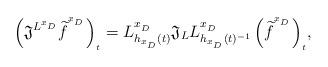
LaTeX: \begin{align*}\Big( \mathfrak{J}^{L^{x_{{}_D}}} {\widetilde{f}}^{{}^{{}^{x_{{}_D}}}} \Big)_{{}_t} = L^{x_{{}_D}}_{h_{x_{{}_D}}(t)} \mathfrak{J}_{L} L^{x_{{}_D}}_{h_{x_{{}_D}}(t)^{-1}} \, \Big({\widetilde{f}}^{{}^{{}^{x_{{}_D}}}}\Big)_{{}_t} ,\end{align*}